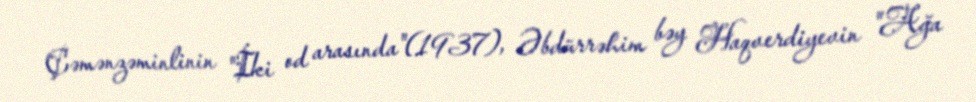
Çəmənzəminlinin "İki od arasında"(1937), Əbdürrəhim bəy Haqverdiyevin "Ağa